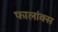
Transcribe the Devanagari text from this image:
फालांक्स